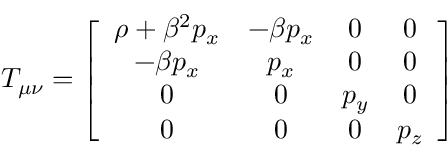
T _ { \mu \nu } = \left[ \begin{array} { c c c c } { \rho + \beta ^ { 2 } p _ { x } } & { - \beta p _ { x } } & { 0 } & { 0 } \\ { - \beta p _ { x } } & { p _ { x } } & { 0 } & { 0 } \\ { 0 } & { 0 } & { p _ { y } } & { 0 } \\ { 0 } & { 0 } & { 0 } & { p _ { z } } \end{array} \right]